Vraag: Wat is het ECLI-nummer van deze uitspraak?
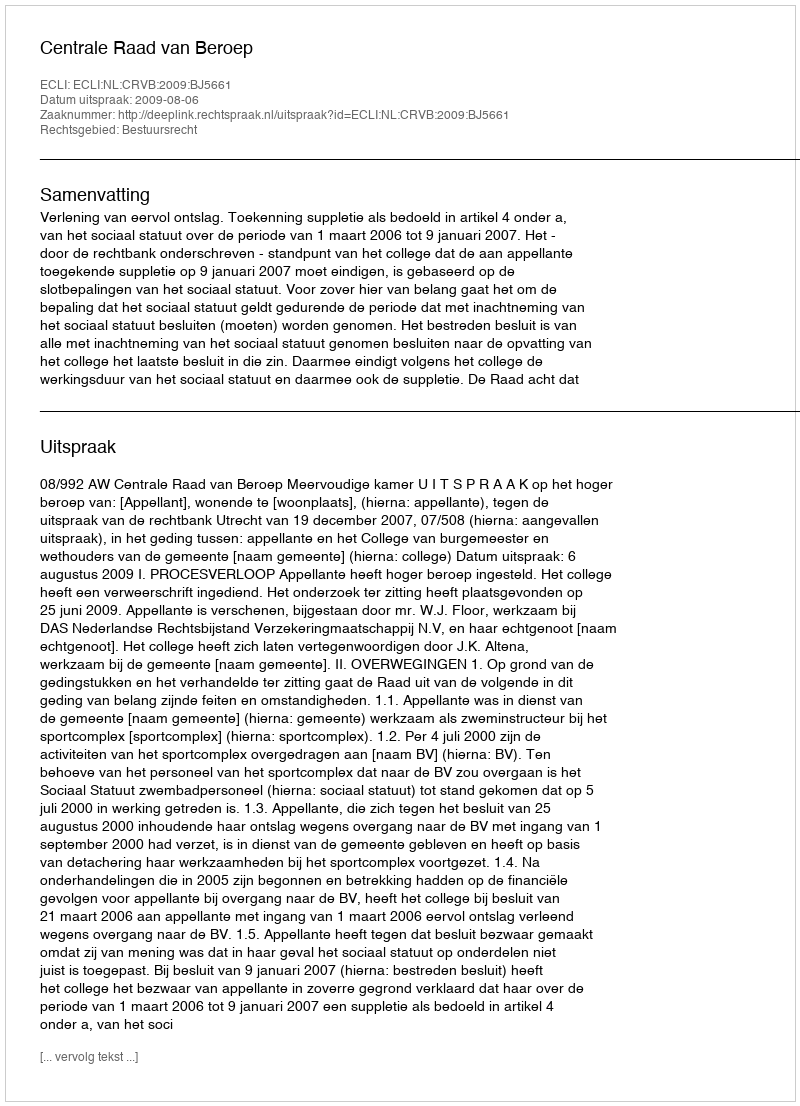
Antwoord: ECLI:NL:CRVB:2009:BJ5661